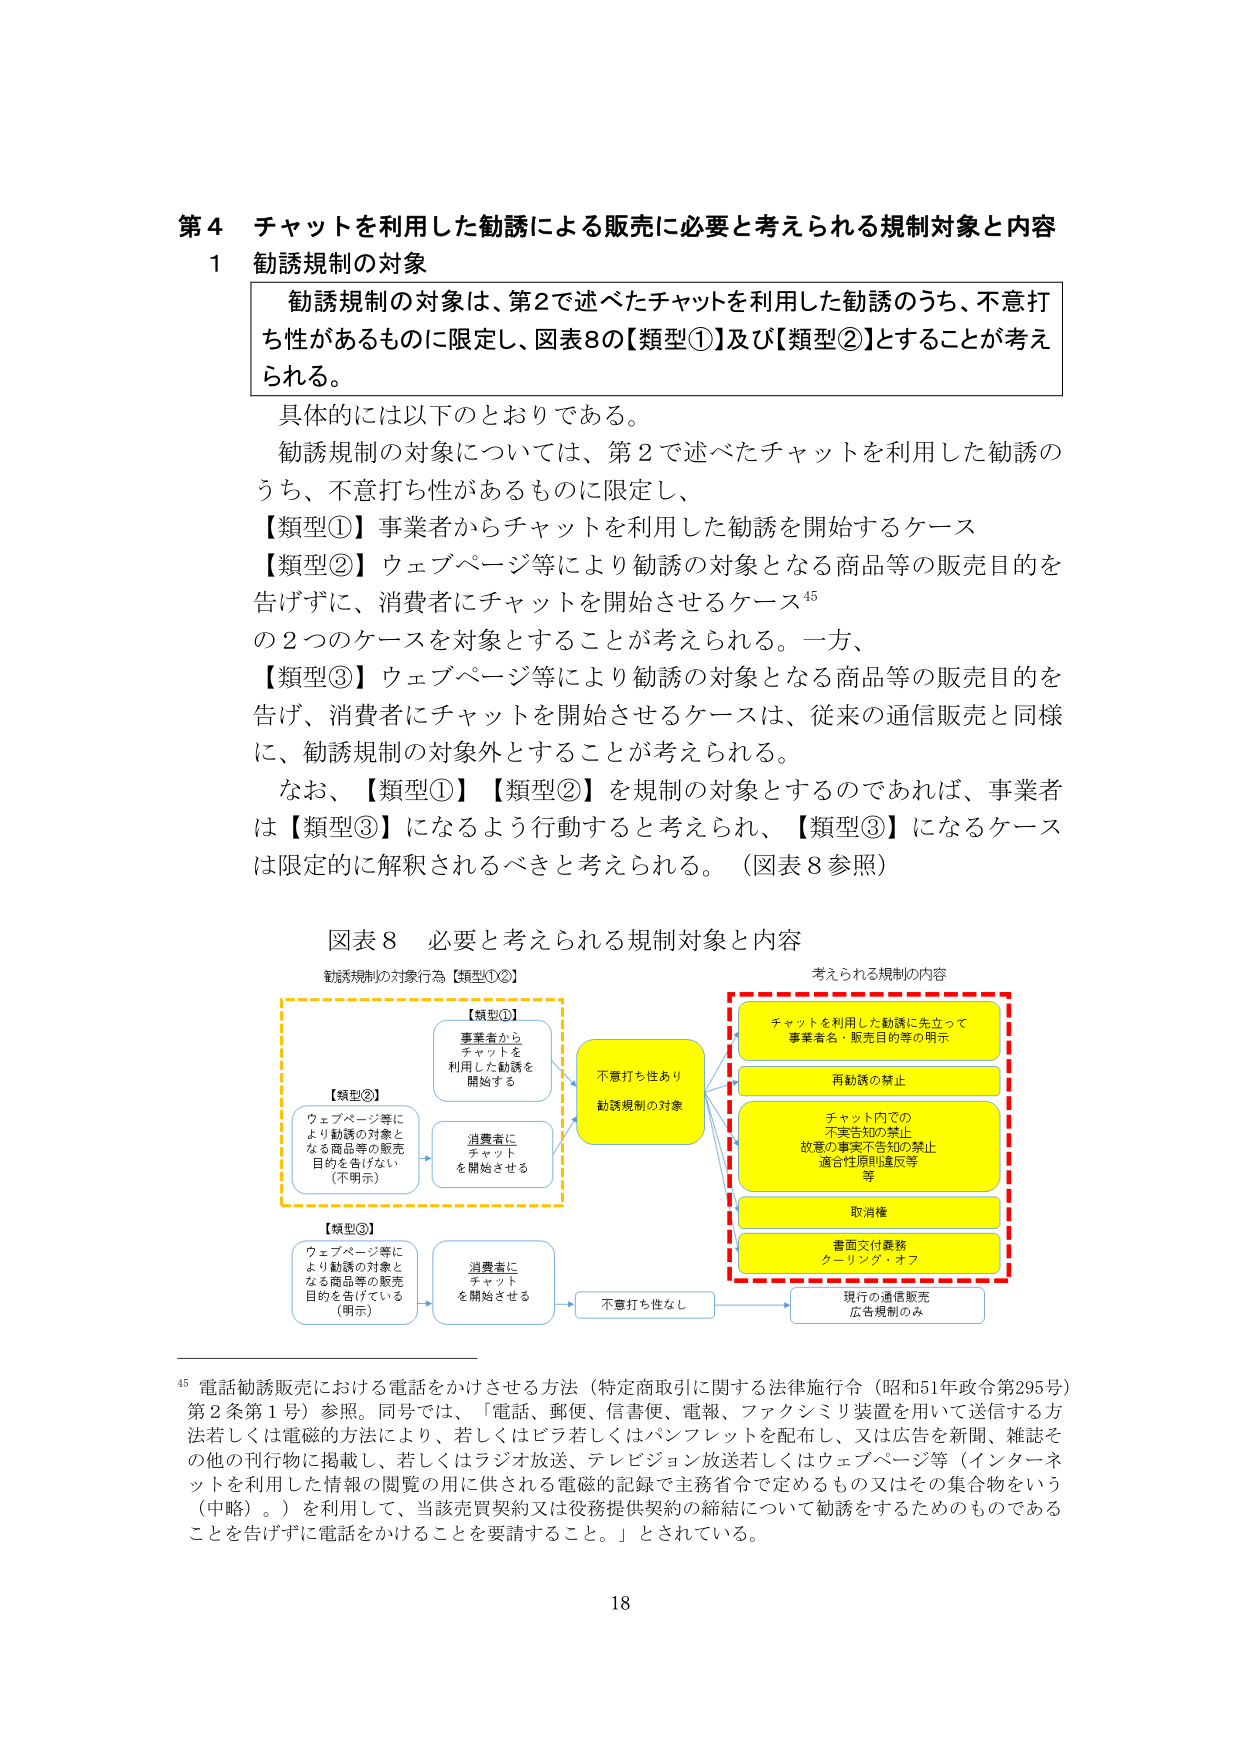
第４ チャットを利用した勧誘による販売に必要と考えられる規制対象と内容

１ 勧誘規制の対象

勧誘規制の対象は、第２で述べたチャットを利用した勧誘のうち、不意打ち性があるものに限定し、図表８の【類型①】及び【類型②】とすることが考えられる。

具体的には以下のとおりである。

勧誘規制の対象については、第２で述べたチャットを利用した勧誘のうち、不意打ち性があるものに限定し、

【類型①】事業者からチャットを利用した勧誘を開始するケース

【類型②】ウェブページ等により勧誘の対象となる商品等の販売目的を告げずに、消費者にチャットを開始させるケース⁴⁵

の２つのケースを対象とすることが考えられる。一方、

【類型③】ウェブページ等により勧誘の対象となる商品等の販売目的を告げ、消費者にチャットを開始させるケースは、従来の通信販売と同様に、勧誘規制の対象外とすることが考えられる。

なお、【類型①】【類型②】を規制の対象とするのであれば、事業者は【類型③】になるよう行動すると考えられ、【類型③】になるケースは限定的に解釈されるべきと考えられる。（図表８参照）

図表８ 必要と考えられる規制対象と内容

勧誘規制の対象行為【類型①②】
【類型①】
事業者から
チャットを
利用した勧誘を
開始する

【類型②】
ウェブページ等に
より勧誘の対象と
なる商品等の販売
目的を告げない
（不明示）

【類型③】
ウェブページ等に
より勧誘の対象と
なる商品等の販売
目的を告げている
（明示）

消費者に
チャットを
開始させる

消費者に
チャットを
開始させる

不意打ち性あり
勧誘規制の対象

不意打ち性なし

考えられる規制の内容

チャットを利用した勧誘に先立って
事業者名・販売目的等の明示

再勧誘の禁止

チャット内での
不実告知の禁止
故意の事実不知の禁止
適合性原則違反等
等

取消権

書面交付義務
クーリング・オフ

現行の通信販売
広告規制のみ

⁴⁵ 電話勧誘販売における電話をかけさせる方法（特定商取引に関する法律施行令（昭和51年政令第295号）第２条第１号）参照。同号では、「電話、郵便、信書便、電報、ファクシミリ装置を用いて送信する方法若しくは電磁的方法により、若しくはビラ若しくはパンフレットを配布し、又は広告を新聞、雑誌その他の刊行物に掲載し、若しくはラジオ放送、テレビジョン放送若しくはウェブページ等（インターネットを利用した情報の閲覧の用に供される電磁的記録で主務省令で定めるもの又はその集合物をいう（中略）。）を利用して、当該売買契約又は役務提供契約の締結について勧誘をするためのものであることを告げずに電話をかけることを要請すること。」とされている。

18